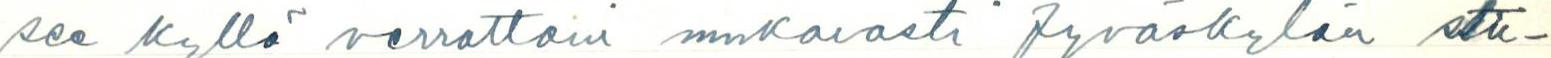
see kyllä verrattain mukavasti Jyväskylän stu-